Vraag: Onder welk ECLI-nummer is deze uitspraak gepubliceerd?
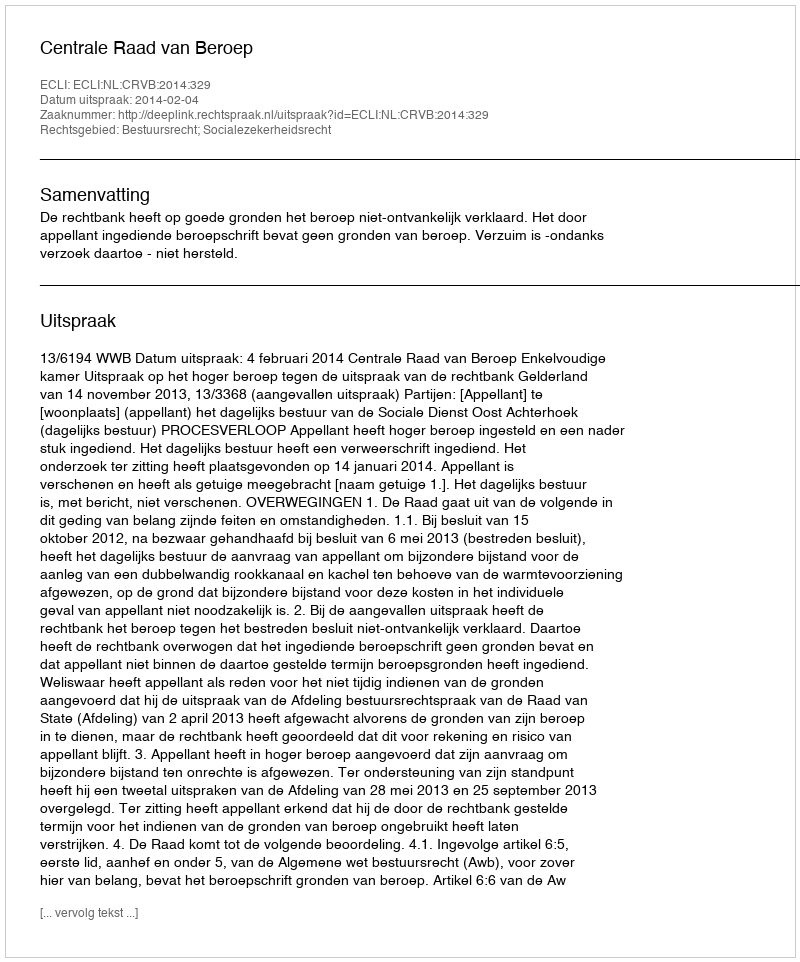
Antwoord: ECLI:NL:CRVB:2014:329